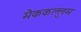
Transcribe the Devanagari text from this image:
मैककल्लुम